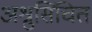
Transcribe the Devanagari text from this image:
अश्रुसिंचित